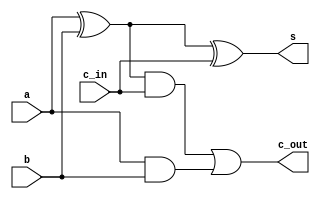
module fulladder_1_bit(
	input a, b, c_in,
	output s, c_out
);	
	assign s = a ^ b ^ c_in;
	assign c_out = ((a ^ b) & c_in) | (a & b);
endmodule